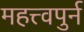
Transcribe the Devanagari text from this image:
महत्त्वपुर्न